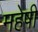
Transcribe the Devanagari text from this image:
महेषी